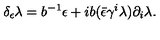
\delta _ { \epsilon } \lambda = b ^ { - 1 } \epsilon + i b ( \bar { \epsilon } \gamma ^ { i } \lambda ) \partial _ { i } \lambda .